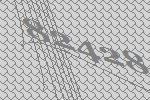
82428